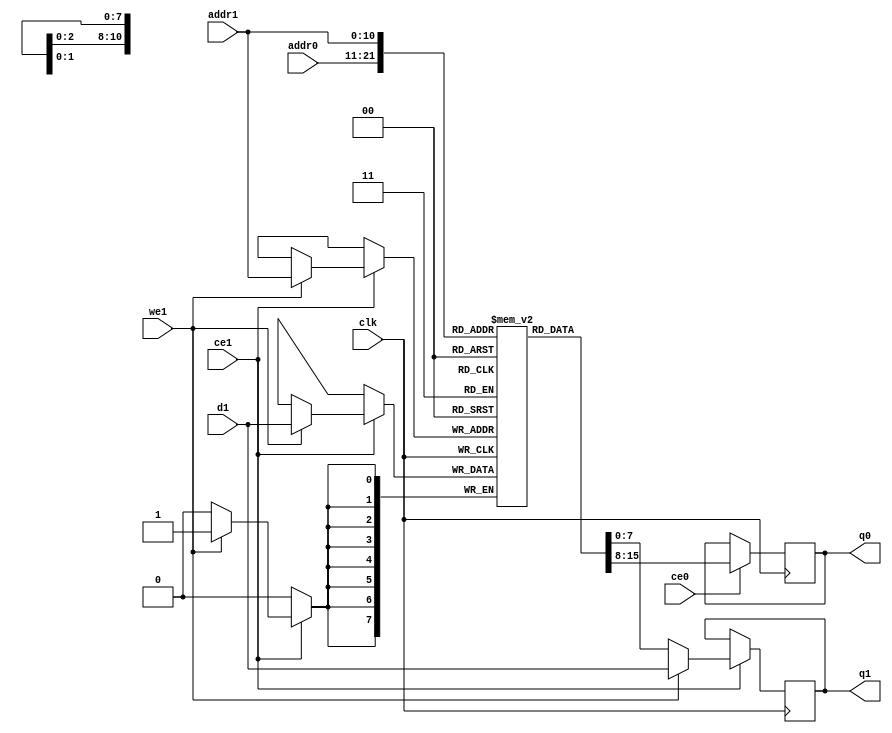
// ==============================================================
// File generated by Vivado(TM) HLS - High-Level Synthesis from C, C++ and SystemC
// Version: 2013.2
// Copyright (C) 2013 Xilinx Inc. All rights reserved.
// 
// ==============================================================

`timescale 1 ns / 1 ps
module filter_opr_dilate_kernel_0_0_unsigned_char_int_1080_1920_3_3_s_k_buf_0_val_0_ram (addr0, ce0, q0, addr1, ce1, d1, we1, q1,  clk);

parameter DWIDTH = 8;
parameter AWIDTH = 11;
parameter MEM_SIZE = 1920;

input[AWIDTH-1:0] addr0;
input ce0;
output reg[DWIDTH-1:0] q0;
input[AWIDTH-1:0] addr1;
input ce1;
input[DWIDTH-1:0] d1;
input we1;
output reg[DWIDTH-1:0] q1;
input clk;

(* ram_style = "block" *)reg [DWIDTH-1:0] ram[MEM_SIZE-1:0];




always @(posedge clk)  
begin 
    if (ce0) 
    begin
            q0 <= ram[addr0];
    end
end


always @(posedge clk)  
begin 
    if (ce1) 
    begin
        if (we1) 
        begin 
            ram[addr1] <= d1; 
            q1 <= d1;
        end 
        else 
            q1 <= ram[addr1];
    end
end


endmodule


`timescale 1 ns / 1 ps
module filter_opr_dilate_kernel_0_0_unsigned_char_int_1080_1920_3_3_s_k_buf_0_val_0(
    reset,
    clk,
    address0,
    ce0,
    q0,
    address1,
    ce1,
    we1,
    d1,
    q1);

parameter DataWidth = 32'd8;
parameter AddressRange = 32'd1920;
parameter AddressWidth = 32'd11;
input reset;
input clk;
input[AddressWidth - 1:0] address0;
input ce0;
output[DataWidth - 1:0] q0;
input[AddressWidth - 1:0] address1;
input ce1;
input we1;
input[DataWidth - 1:0] d1;
output[DataWidth - 1:0] q1;




filter_opr_dilate_kernel_0_0_unsigned_char_int_1080_1920_3_3_s_k_buf_0_val_0_ram filter_opr_dilate_kernel_0_0_unsigned_char_int_1080_1920_3_3_s_k_buf_0_val_0_ram_U(
    .clk( clk ),
    .addr0( address0 ),
    .ce0( ce0 ),
    .q0( q0 ),
    .addr1( address1 ),
    .ce1( ce1 ),
    .d1( d1 ),
    .we1( we1 ),
    .q1( q1 ));

endmodule